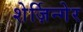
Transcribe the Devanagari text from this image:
शेर्ज़िन्गेर